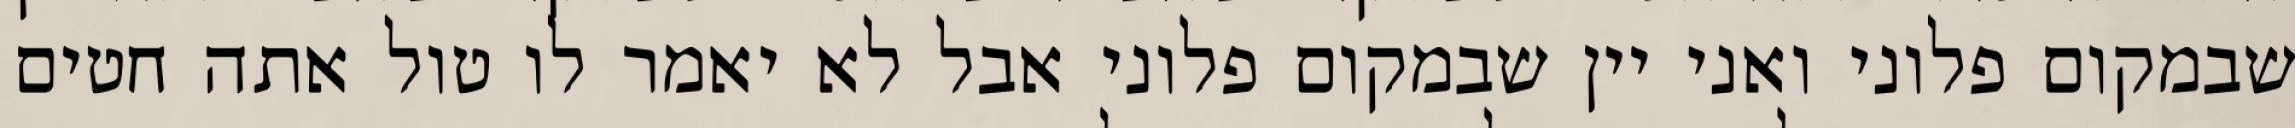
שבמקום פלוני ואני יין שבמקום פלוני אבל לא יאמר לו טול אתה חטים